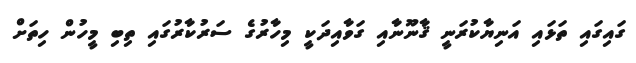
ގައިގައި ތަޅައި އަނިޔާކުރަނީ ޤާނޫނާއި ގަވާއިދަކީ މިހާރުގެ ސަރުކާރުގައި ތިބި މީހުން ހިތަށް